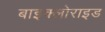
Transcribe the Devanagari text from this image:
बाइक्लोराइड